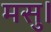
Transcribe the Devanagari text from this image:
मसु।